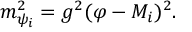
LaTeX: m _ { \psi _ { i } } ^ { 2 } = g ^ { 2 } ( \varphi - M _ { i } ) ^ { 2 } .